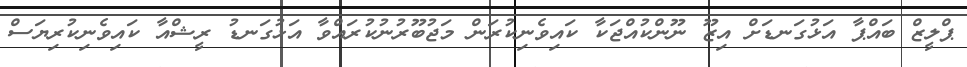
ޕްލީޒް ބައްޕާ އަޅުގަނޑަށް އިޒޫ ނޫންކުއްޖަކާ ކައިވެނިކުރަން މަޖުބޫރުނުކުރައްވާ އަޅުގަނޑު ރީޝްއާ ކައިވެނިކުރިޔަސް